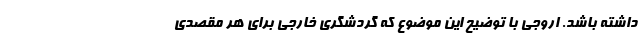
داشته باشد. اروجی با توضیح این موضوع که گردشگری خارجی برای هر مقصدی